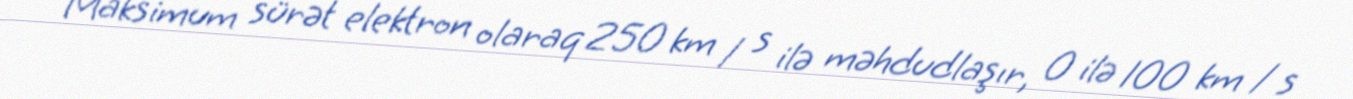
Maksimum sürət elektron olaraq 250 km / s ilə məhdudlaşır, 0 ilə 100 km / s